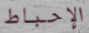
الإحباط